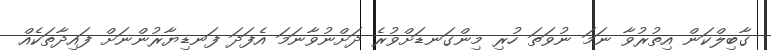
ގާބިލްކަން އިތުރުވާ ނަމަ ނުވަތަ ހުރި މިންގަނޑަށްވުރެ ދަށްނުވާނަމަ އެފަދަ ފަނޑިޔާރުންނަށް ފައިދާތަކެއް